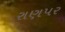
રાણપર